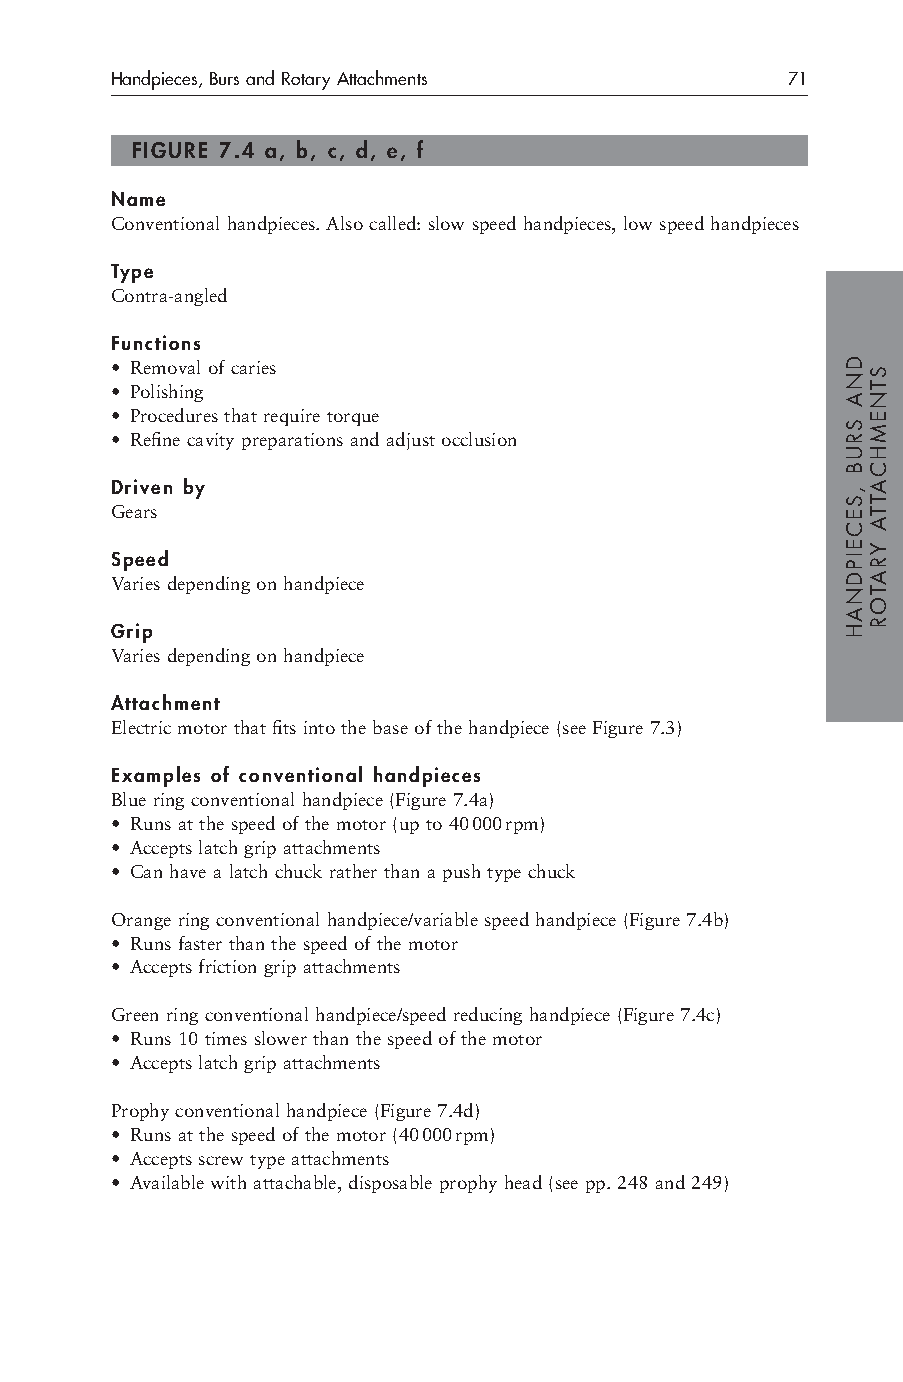
Handpieces, Burs and Rotary Attachments      71
 FIGURE 7.4 a, b, c, d, e, f
 Name
 Conventional handpieces. Also called: slow speed handpieces, low speed handpieces
 Type
 Contra-angled
 Functions
 • Removal of caries
 • Polishing
 • Procedures that require torque
 • Refine cavity preparations and adjust occlusion
 Driven by
 Gears
 Speed
 Varies depending on handpiece
 Grip
 Varies depending on handpiece
 Attachment
 Electric motor that fits into the base of the handpiece (see Figure 7.3)
 Examples of conventional handpieces
 Blue ring conventional handpiece (Figure 7.4a)
 • Runs at the speed of the motor (up to 40000rpm)
 • Accepts latch grip attachments
 • Can have a latch chuck rather than a push type chuck
 Orange ring conventional handpiece/variable speed handpiece (Figure 7.4b)
 • Runs faster than the speed of the motor
 • Accepts friction grip attachments
 Green ring conventional handpiece/speed reducing handpiece (Figure 7.4c)
 • Runs 10 times slower than the speed of the motor
 • Accepts latch grip attachments
 Prophy conventional handpiece (Figure 7.4d)
 • Runs at the speed of the motor (40000rpm)
 • Accepts screw type attachments
 • Available with attachable, disposable prophy head (see pp. 248 and 249)
 DNA
 SRUB
 ,SECEIPDNAH
 STNEMHCATTA
 YRATOR